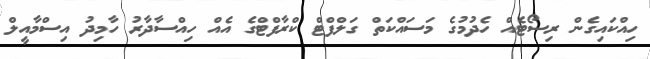
ހިއްކައިގެން ރިސޯޓެއް ހެދުމުގެ މަސައްކަތް ގަލްފްޓް ކްރާފްޓްގެ އެއް ހިއްސާދާރު ހާމިދު އިސްމާއީލް